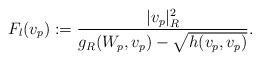
LaTeX: \begin{align*}F_l(v_p):= \frac{|v_p|_R^2}{g_R(W_p,v_p)-\sqrt{h(v_p,v_p)}}.\end{align*}